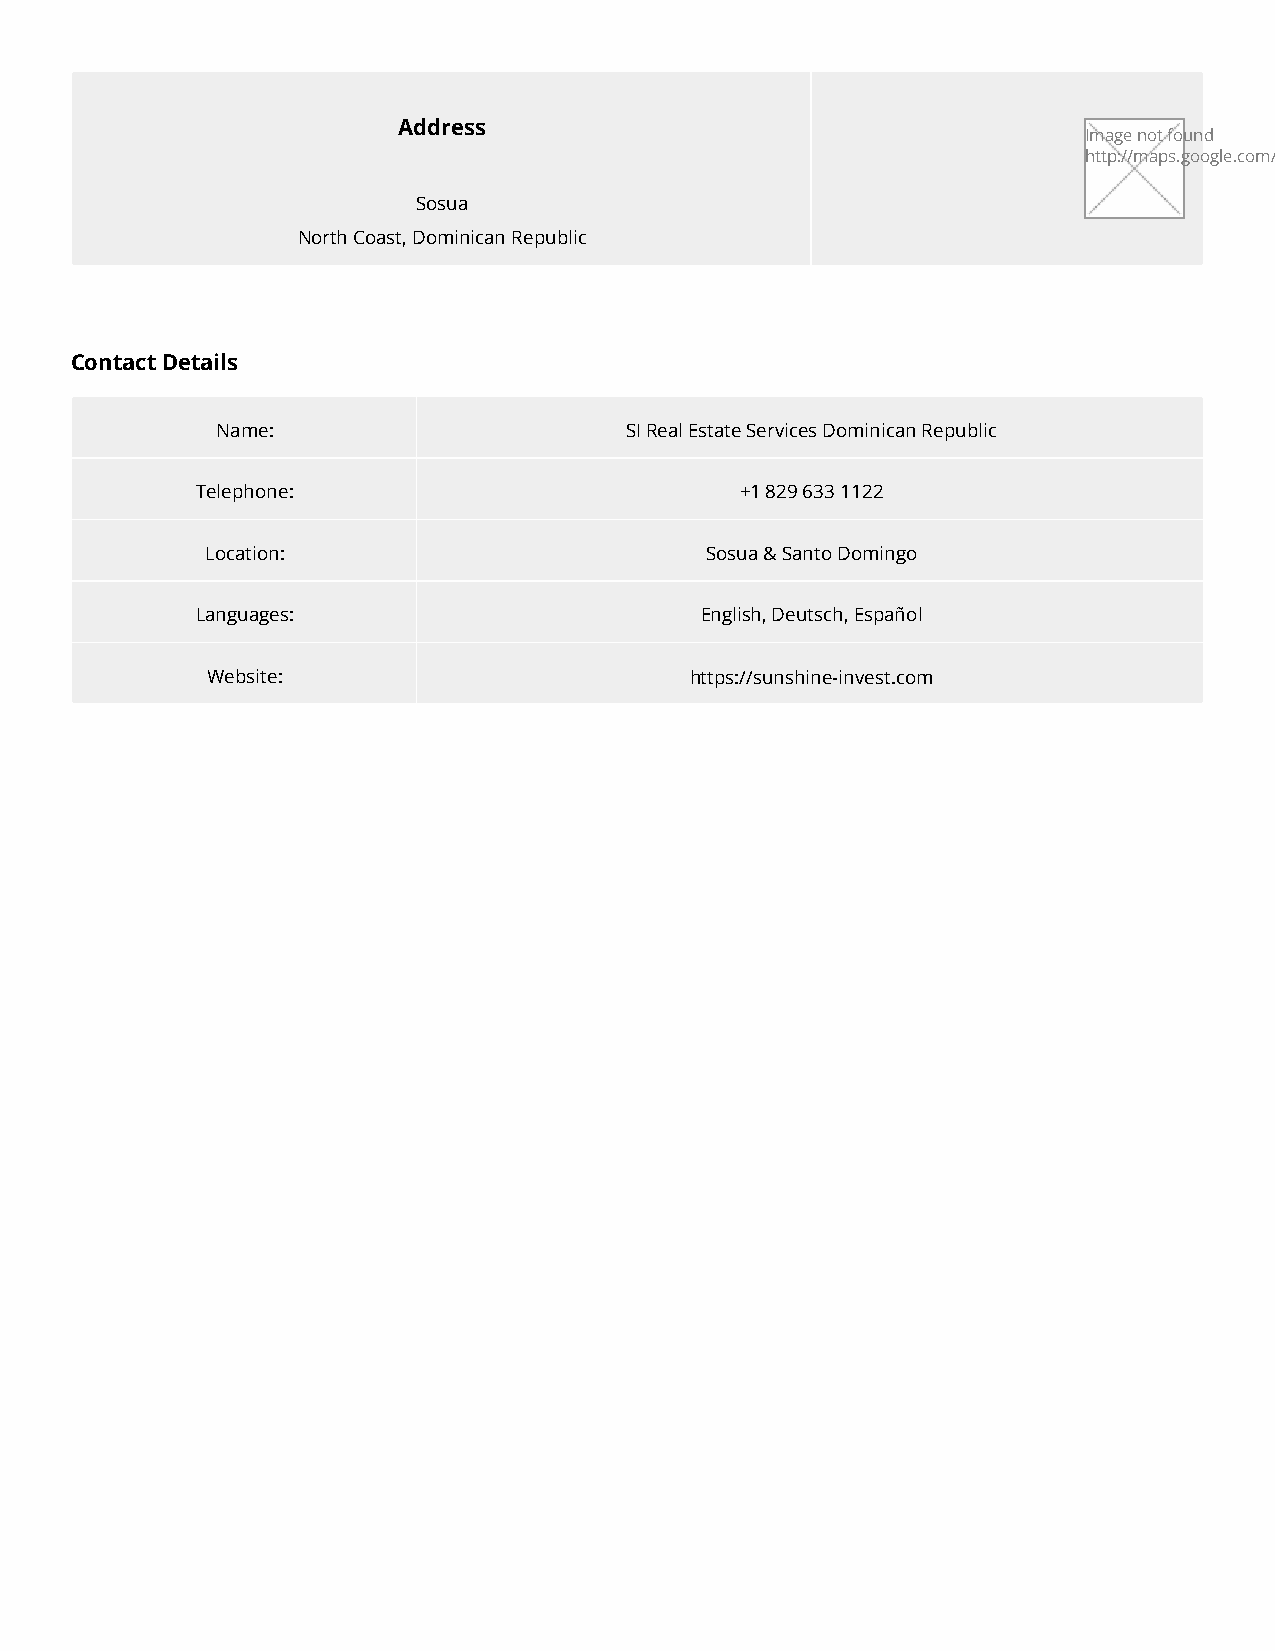
Address
 Image not found
 http://maps.google.com/maps/api/staticmap?center=19.7517800,-70.5187941&zoom=14&size=372x372&maptype=roadmap&markers=color:red|19.7517800,-70.5187941&sensor=false
 Sosua
 North Coast, Dominican Republic
 Contact Details
 Name:                      SI Real Estate Services Dominican Republic
 Telephone:                          +1 829 633 1122
 Location:                        Sosua & Santo Domingo
 Languages:                       English, Deutsch, Español
 Website:                        https://sunshine-invest.com